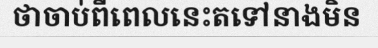
ថាចាប់ពីពេលនេះតទៅនាងមិន